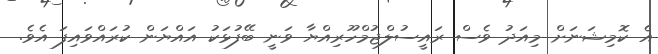
އެ ކޮމިޝަނަށް މިއަދު ވެސް ރައީސުލްޖުމްހޫރިއްޔާ ވަނީ ބޭފުޅަކު އައްޔަން ކުރައްވައިފަ އެވެ.